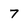
Character: 7